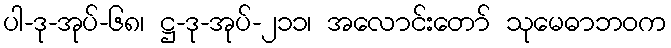
ပါ-ဒု-အုပ်-၆၈၊ ဋ္ဌ-ဒု-အုပ်-၂၁၁၊ အလောင်းတော် သုမေဓာဘဝက